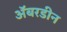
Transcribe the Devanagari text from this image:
अॅबरडीन